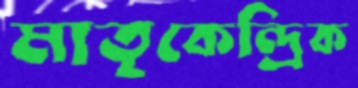
মাতৃকেন্দ্রিক